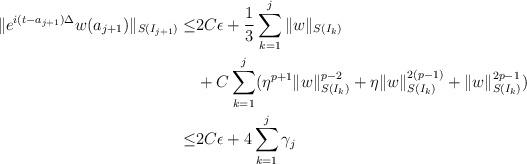
LaTeX: \begin{align*} \|e^{i(t-a_{j+1})\Delta}w(a_{j+1})\|_{S(I_{j+1})}\leq &2C\epsilon+\frac13\sum_{k=1}^{j}\|w\|_{S(I_k)}\\ &+ C\sum_{k=1}^{j}(\eta^{p+1}\|w\|_{S(I_k)}^{p-2}+\eta\|w\|_{S(I_k)}^{2(p-1)}+\|w\|_{S(I_k)}^{2p-1})\\ \leq&2C\epsilon+4\sum_{k=1}^{j}\gamma_j \end{align*}